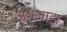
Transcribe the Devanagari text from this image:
अभखाझ